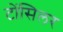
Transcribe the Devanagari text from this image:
टोंसिलर